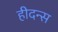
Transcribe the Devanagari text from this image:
हीदन्स